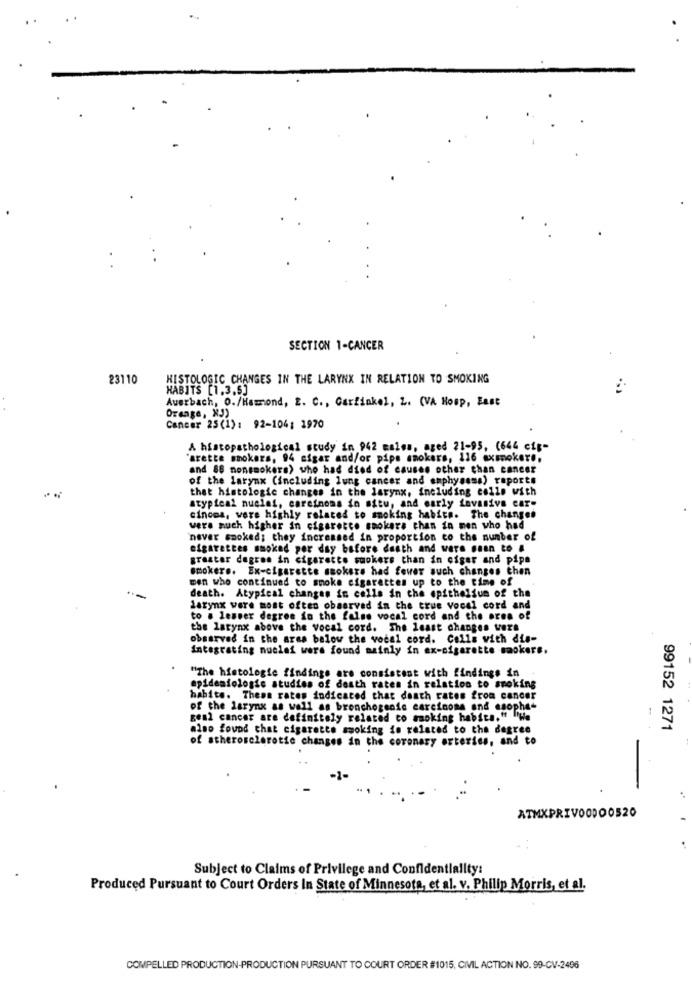
SECTION 1-CANCER
23110
HISTOLOGIC CHANGES IN THE LARYNX IN RELATION TO SMOKING
HABITS [1,3,5]
Auerbach, O./Hammond, 2. C ., Garfinkel, L. (VA Hosp, East
Orange, XJ)
Cancer 25(1): 92-104; 1970
A histopathological study in 942 males, aged 21-95, (644 cip-
"arette smokers, 94 sigar and/or pips smokers, 116 axsmoker ..
and 86 nonsmokers) who had died of causes other than cancer
of the larynx (including lung cancer and emphysema) reports
that histologie changes in the larynx, including colle with
atypical nuclei, careinons in situ, and early tovasive car-
cincos, vere highly related to smoking habits. The changes
were much higher in cigaretce smokers chan in men who had
never smoked; they increased in proportion to the number of
cigarettes smoked per day before death and were maan to #
greater degree in cigarette smokers than in cigar and pipe
smokere. Ex-cigarette smokers had fewer such changes then
men who continued to smoke cigarettes up to the time of
death. Atypical changes in cells in the epithelfun of the
larynx vere most often observed in the true vocal cord and
to a lesser degree in the false vocal cord and the area of
the larynx above the vocal cord. The least changes Vers
observed in the area below the vocal cord. Colla with dis-
Integrating nuclei wars found mainly in ex-cigarette smokers.
"The histologie findings are consistent with findings in
epidemiologic studies of death rates in relation to smoking
habite. These rates indicated that death rates from cancer
of the larynx as well as bronchogenie carcinome and esophet
geal cancer are definitely related to smoking habita," wie
also found that cigarette smoking is related to the degree
99152 1271
of atherosclerotic changes in the coronary arteries, and to
ATMXPRIVO0DO0520
Subject to Claims of Privilege and Confidentiality:
Produced Pursuant to Court Orders In State of Minnesota, et al. v. Philip Morris, et al.
COMPELLED PRODUCTION-PRODUCTION PURSUANT TO COURT ORDER #1015, CIVIL ACTION NO. 99-CV-2496